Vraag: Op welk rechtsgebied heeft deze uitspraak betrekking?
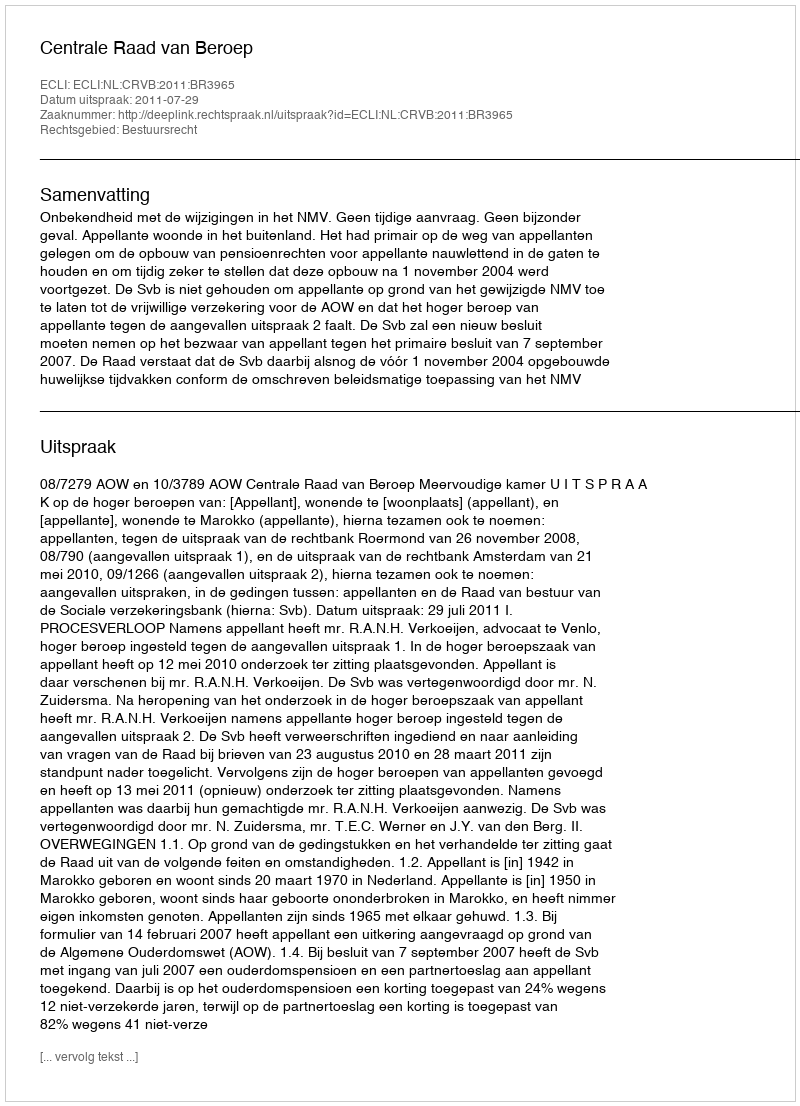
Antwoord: Bestuursrecht